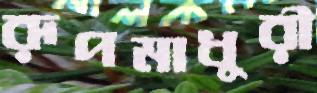
রূপমাধুরী